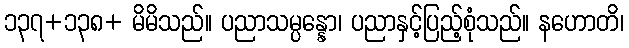
၁၃၇+၁၃၈+ မိမိသည်။ ပညာသမ္ပန္နော၊ ပညာနှင့်ပြည့်စုံသည်။ နဟောတိ၊